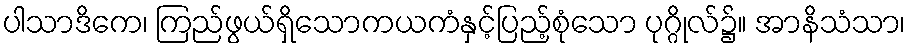
ပါသာဒိကေ၊ ကြည်ဖွယ်ရှိသောကယကံနှင့်ပြည့်စုံသော ပုဂ္ဂိုလ်၌။ အာနိသံသာ၊